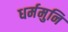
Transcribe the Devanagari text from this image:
धर्ममुनि